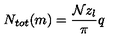
N _ { t o t } ( m ) = \frac { { \mathcal { N } } z _ { l } } { \pi } q